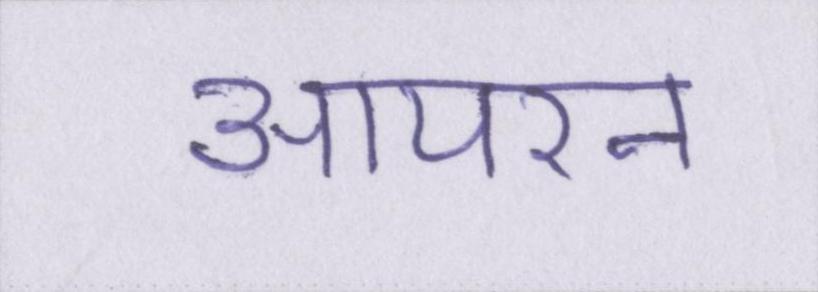
आयरन